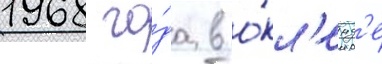
1968 го́да в о́кл'енд'е